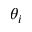
\theta _ { i }